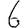
Digit: 6